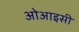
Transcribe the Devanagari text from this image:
ओआइसी